Annual report of the Central Committee of the Association together with the report of the directors of the Pasteur Institute at Kasauli
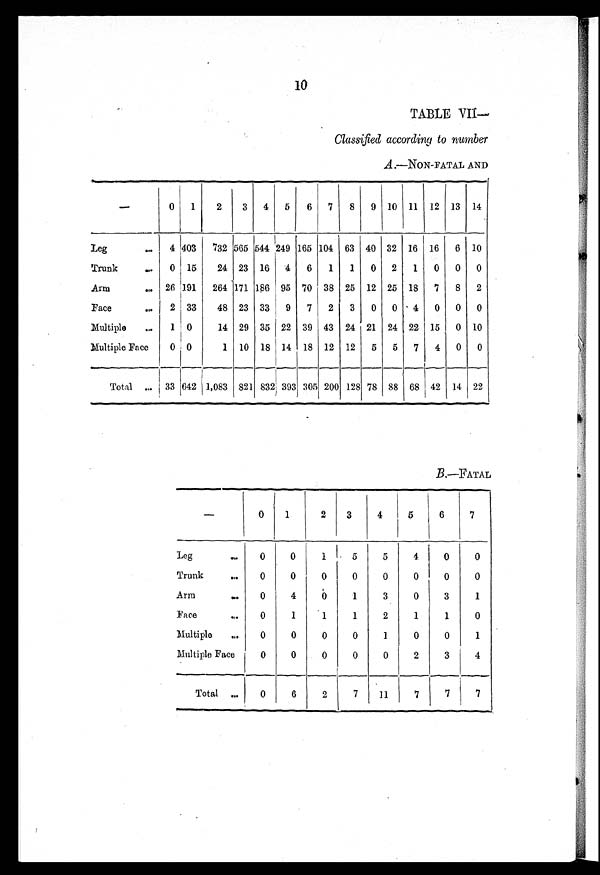
10
TABLE VII
—
Classified according to number
A.—NON-FATAL AND
—
0 1
2
3 4 5 6 7 8 9 10 11 12 13 14
Leg
4 403 732 565 544 249 165 104 63 40 32 16
1 6 6 10
Trunk
0 15
24 23 16 4 6 1 1 0 2 1 0 0 0
Arm
26 191 264 171 186 95 70 38 25 12 25 18 7 8 2
Face
2 33
48 23 33 9 7 2 3 0 0 4 0 0 0
Multiple
1 0
14 29 35 22 39 43 24 21 24 22 15 0 10
Multiple Face
0 0
1 10 18 14 18 12 12 5 5 7 4 0 0
Total
33 642 1,083 821 832 393 305 200 128 78 88 68 42 14 22
B.—FATAL
—
0
1
2
3
4
5
6
7
Leg
0
0
1
5
5
4
0
0
Trunk
0
0
0
0
0
0
0
0
Arm
0
4
0
1
3
0
3
1
0
1
1
1
2
1
1
0
Multiple
0
0
0
0
1
0
0
1
Multiple Face
0
0
0
0
0
2
3
4
Total
0
6
2
7
11
7
7
7